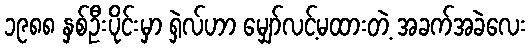
၁၉၈၈ နှစ်ဦးပိုင်းမှာ ရှဲလ်ဟာ မျှော်လင့်မထားတဲ့ အခက်အခဲလေး